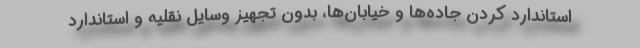
استاندارد کردن جاده‌ها و خیابان‌ها، بدون تجهیز وسایل نقلیه و استاندارد